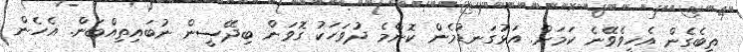
ތިބެގެން އެހީވެވޭނެ ކަމަށް. އަޅުގަނޑުމެން ކޮންމެ ދުވަހަކު ގޮވަން ބިދޭސީން ނުބައިތިއްބަން. އެހެން